Streptothrix isolated from the spleen of a leper - Number 51
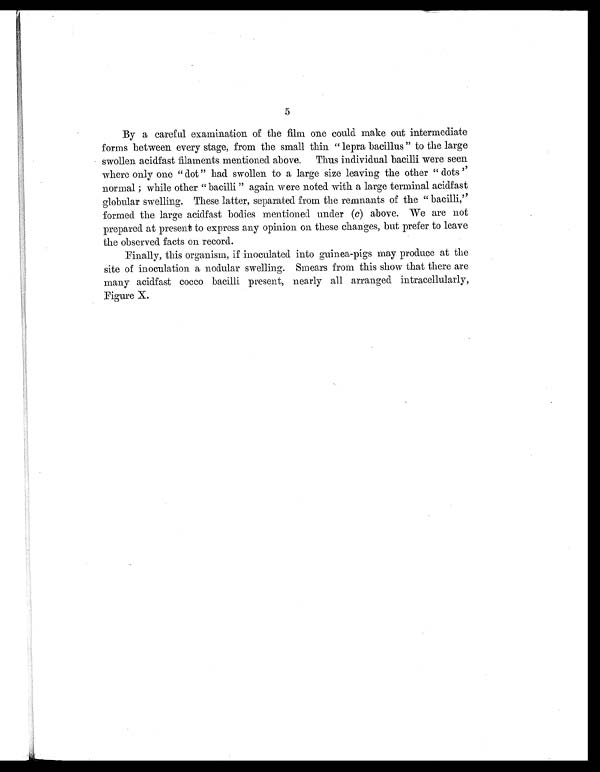
•
By a careful examination of the film one could make out intermediate
forms between every stage, from the small thin " lepra bacillus " to the large
swollen acidfast filaments mentioned above. Thus individual bacilli were seen
where only one " dot" had swollen to a large size leaving the other " dots ''
normal ; while other "bacilli " again were noted with a large terminal acidfast
globular swelling. These latter, separated from the remnants of the "
bacilli, "formed the large acidfast bodies mentioned under (c) above. We are not
prepared at present to express any opinion on these changes, but prefer to leave
the observed facts on record.
Finally, this organism, if inoculated into guinea-pigs may produce at the
site of inoculation a nodular swelling. Smears from this show that there are
many acidfast cocco bacilli present, nearly all arranged intracellularly,
Figure X.